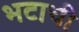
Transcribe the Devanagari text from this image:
भटाची